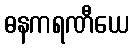
ဓနကရဏီယေ